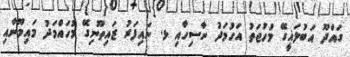
ގައްދޫ އަބުލަޣީގޭ މުހުޖަތު އަހުމަދު ނާސިހާއި ޅ. ނައިފަރު ޒައިތޫނިގޭ މުހައްމަދު މައިމޫނާއި